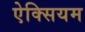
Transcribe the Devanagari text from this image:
ऐक्सियम